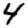
Digit: 4